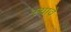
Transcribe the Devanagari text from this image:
स्यावे